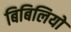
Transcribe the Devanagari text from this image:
बिबिलियो